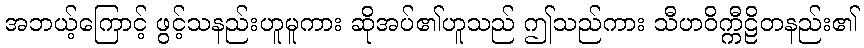
အဘယ့်ကြောင့် ဖွင့်သနည်းဟူမူကား ဆိုအပ်၏ဟူသည် ဤသည်ကား သီဟဝိက္ကီဠိတနည်း၏